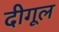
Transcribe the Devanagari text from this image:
दीगूल